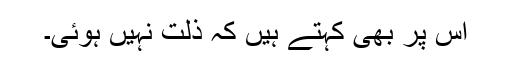
اس پر بھی کہتے ہیں کہ ذلت نہیں ہوئی۔